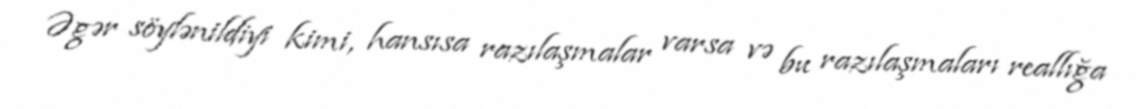
Əgər söylənildiyi kimi, hansısa razılaşmalar varsa və bu razılaşmaları reallığa